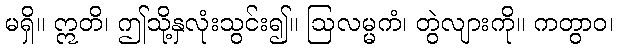
မရှိ။ ဣတိ၊ ဤသို့နှလုံးသွင်း၍။ ဩလမ္မကံ၊ တွဲလျားကို။ ကတွာဝ၊